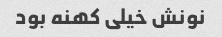
نونش خیلی کهنه بود